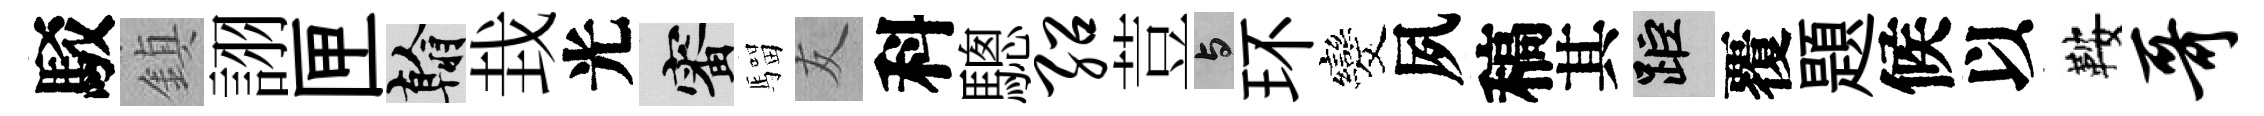
駁鎮詡匣翰㘽光審騮友科驄绍荳与环发夙稿其距覆題候以鞍哥